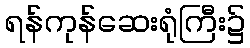
ရန်ကုန်ဆေးရုံကြီး၌